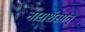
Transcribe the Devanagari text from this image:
नाराशंसान्